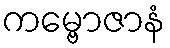
ကမ္ဗောဇာနံ